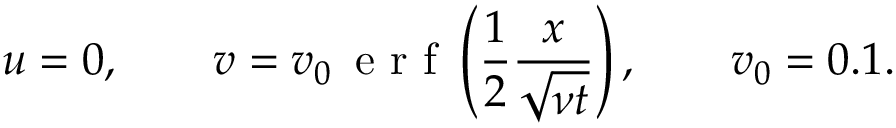
u = 0 , \qquad v = v _ { 0 } \, \mathrm { ~ e ~ r ~ f ~ } \left( \frac { 1 } { 2 } \frac { x } { \sqrt { \nu t } } \right) , \qquad v _ { 0 } = 0 . 1 .